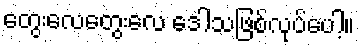
တွေးလေတွေးလေ ဒေါသဖြစ်လုပ်ပေါ့။